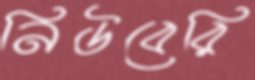
নিউবেরি